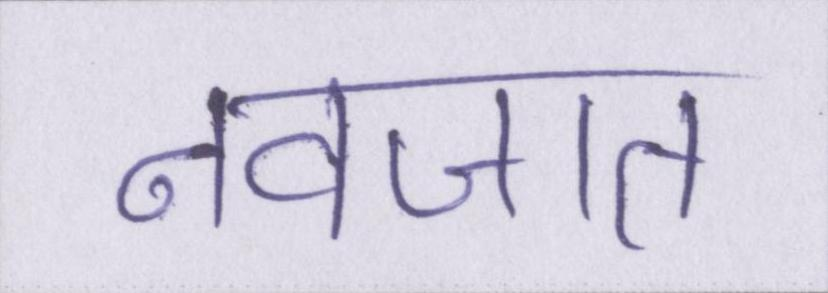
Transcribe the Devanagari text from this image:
नवजात